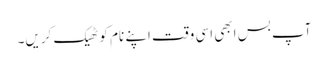
آپ بس ابھی اسی وقت اپنے نام کو ٹھیک کریں۔